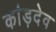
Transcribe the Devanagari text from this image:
कांड़देव